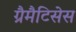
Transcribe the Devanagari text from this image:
ग्रैमैटिसेस